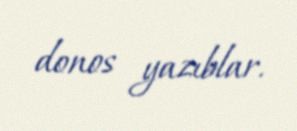
donos yazıblar.